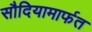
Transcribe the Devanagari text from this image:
सौदियामार्फत